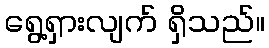
ရွေ့ရှားလျက် ရှိသည်။